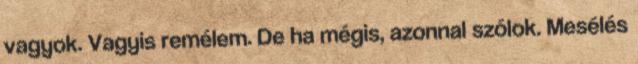
vagyok. Vagyis remélem. De ha mégis, azonnal szólok. Mesélés